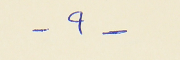
- ٩ -